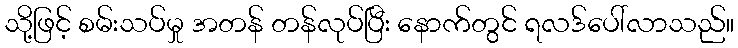
သို့ဖြင့် စမ်းသပ်မှု အတန် တန်လုပ်ပြီး နောက်တွင် ရလဒ်ပေါ်လာသည်။